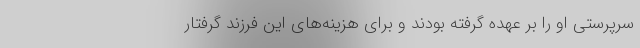
سرپرستی او را بر عهده گرفته بودند و برای هزینه‌های این فرزند گرفتار